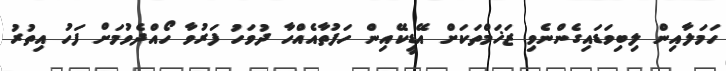
ހަމަލާއިން ލިބިވަޑައިގެންނެވި ޒަޚަމްތަކަށް އޭޑީކޭއިން ހަފުތާއެއްހާ ދުވަހު ފަރުވާ ހޯއްދެވުމަށް ފަހު އިތުރު